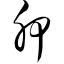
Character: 胛